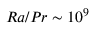
R a / P r \sim 1 0 ^ { 9 }